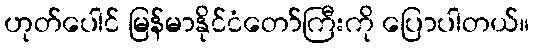
ဟုတ်ပေါင် မြန်မာနိုင်ငံတော်ကြီးကို ပြောပါတယ်။